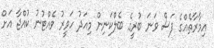
އިމާރާތެއްގެ ފަސް ވަނަ ބުރީގެ ބެލްކަނިން މިއަދު ހަވީރު ވެއްޓުނު ކުއްޖާ އަށް